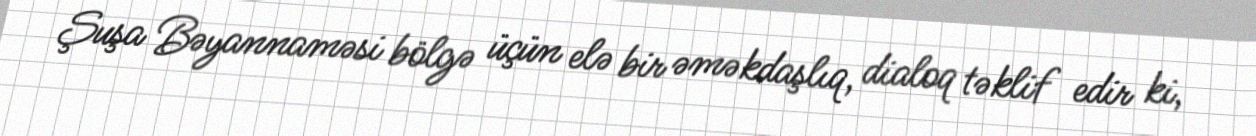
Şuşa Bəyannaməsi bölgə üçün elə bir əməkdaşlıq, dialoq təklif edir ki,